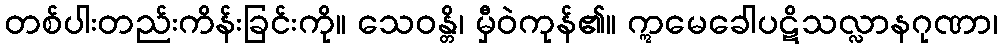
တစ်ပါးတည်းကိန်းခြင်းကို။ သေဝန္တိ၊ မှီဝဲကုန်၏။ ဣမေခေါပဋိသလ္လာနဂုဏာ၊